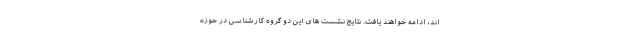
اند، ادامه خواهند یافت. نتایج نشست های این دو گروه کارشناسی در حوزه